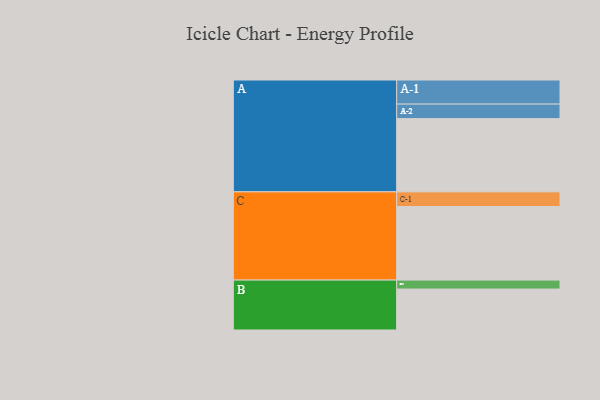
{"axis": {"x": "Segment", "y": "Value"}, "legend": ["", "A", "B", "C"], "data": [{"x": "A", "y": 565, "type": ""}, {"x": "B", "y": 316, "type": ""}, {"x": "C", "y": 568, "type": ""}, {"x": "A-1", "y": 186, "type": "A"}, {"x": "A-2", "y": 112, "type": "A"}, {"x": "B-1", "y": 69, "type": "B"}, {"x": "C-1", "y": 113, "type": "C"}]}